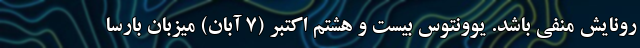
رونایش منفی باشد. یوونتوس بیست و هشتم اکتبر (۷ آبان) میزبان بارسا